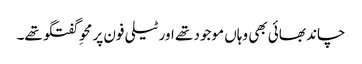
چاند بھائی بھی وہاں موجود تھے اور ٹیلی فون پر محوِ گفتگو تھے۔